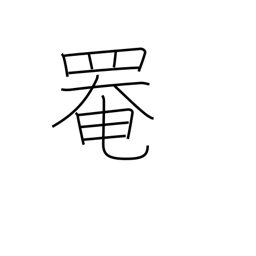
Meaning: cover